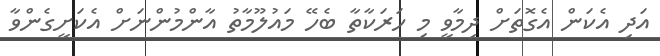
އަދި އެކަން އެގޮތަށް ދިމާވީ މި ހަރަކާތާ ބެހޭ މައުލޫމާތު އާންމުންނަށް އެކަށީގެންވާ